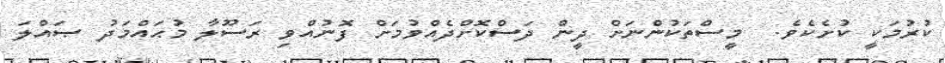
ކުރުމަކީ ކުށެކެވެ.  މީސްތަކުންނަށް ދީން ދަސްކޮށްދެއްވުމަށް ފޮނުއްވި ރަސޫލާ މުޙައްމަދު ޞައްލަ